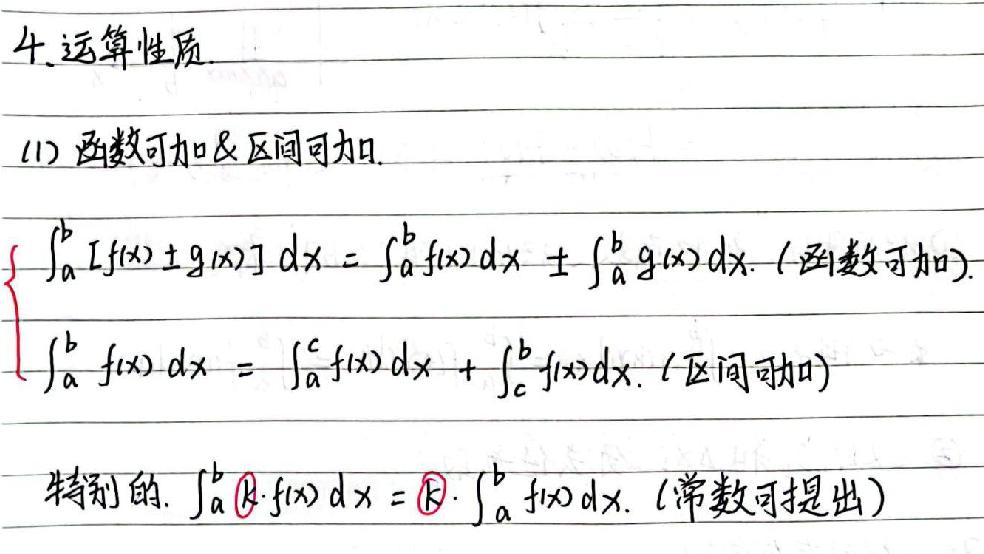
4.运算性质
(1) 函数可加&区间可加
\[
\begin{cases}
\int_{a}^{b}[f(x)\pm g(x)]dx=\int_{a}^{b}f(x)dx\pm\int_{a}^{b}g(x)dx. (函数可加)\\
\int_{a}^{b}f(x)dx=\int_{a}^{c}f(x)dx+\int_{c}^{b}f(x)dx. (区间可加)
\end{cases}
\]
特别的. \(\int_{a}^{b}k\cdot f(x)dx = k\cdot\int_{a}^{b}f(x)dx\). (常数可提出)